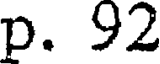
p. 92